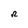
Character: R